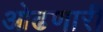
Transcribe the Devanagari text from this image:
ओढणारी